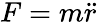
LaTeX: F=m{\ddot{r}}